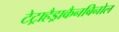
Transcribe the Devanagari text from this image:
टेट्राहैड्राकैनबिनोल